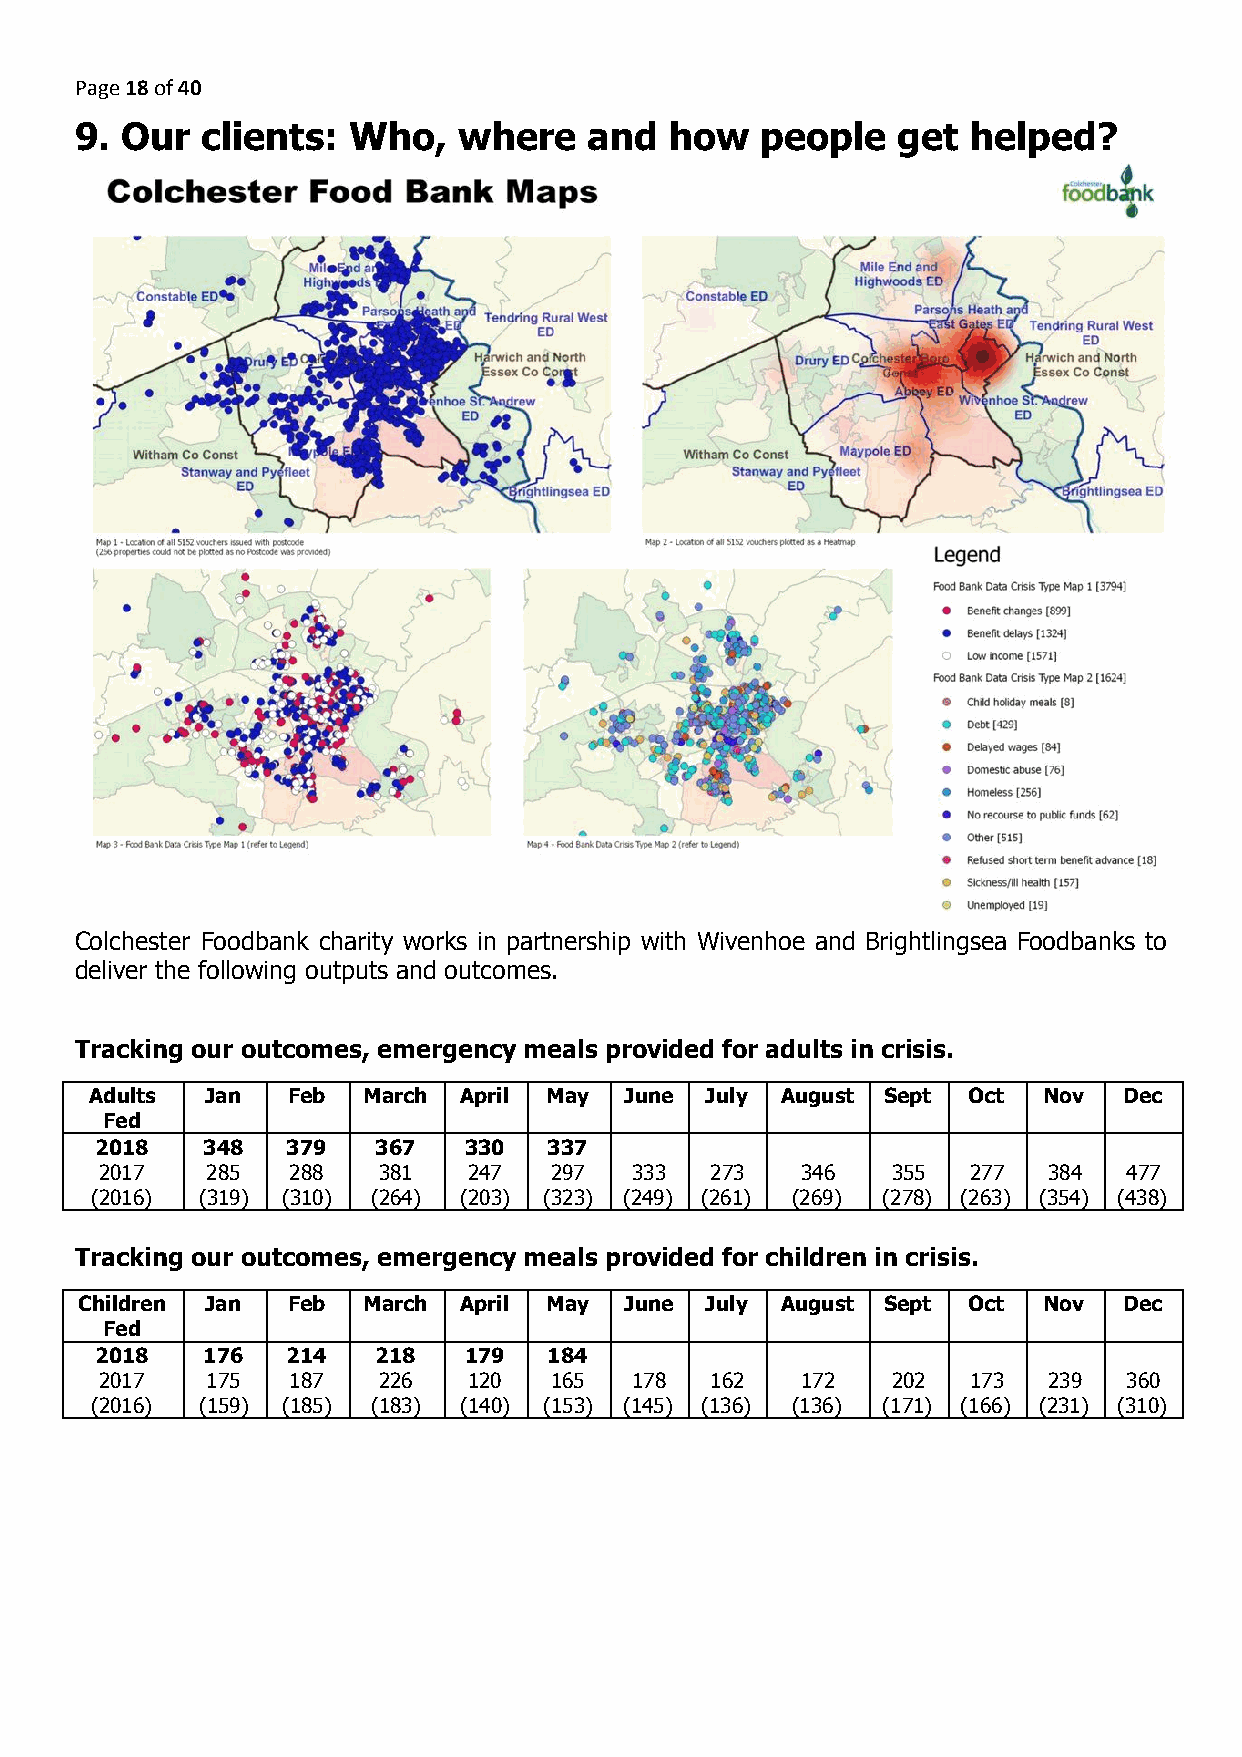
Page 18 of 40
 ​​
 9. Our  clients:  Who,   where    and  how   people   get  helped?
 Colchester Foodbank charity works in partnership with Wivenhoe and Brightlingsea Foodbanks to
 deliver the following outputs and outcomes.
 Tracking our outcomes, emergency meals provided for adults in crisis.
 Adults  Jan  Feb  March April May  June  July August Sept Oct  Nov  Dec
 Fed
 2018   348   379   367   330  337
 2017   285  288   381   247  297   333  273   346   355  277  384   477
 (2016) (319) (310) (264) (203) (323) (249) (261) (269) (278) (263) (354) (438)
 Tracking our outcomes, emergency meals provided for children in crisis.
 Children Jan  Feb  March April May  June  July August Sept Oct  Nov  Dec
 Fed
 2018   176   214   218   179  184
 2017   175  187   226   120  165   178  162   172   202  173  239   360
 (2016) (159) (185) (183) (140) (153) (145) (136) (136) (171) (166) (231) (310)